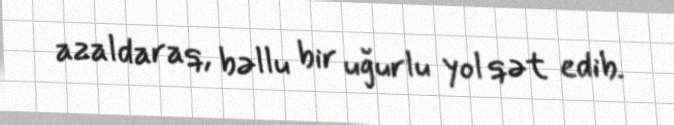
azaldaraq, bəllu bir uğurlu yol qət edib.